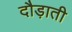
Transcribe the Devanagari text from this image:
दौड़ाती